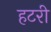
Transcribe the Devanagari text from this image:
हटरी